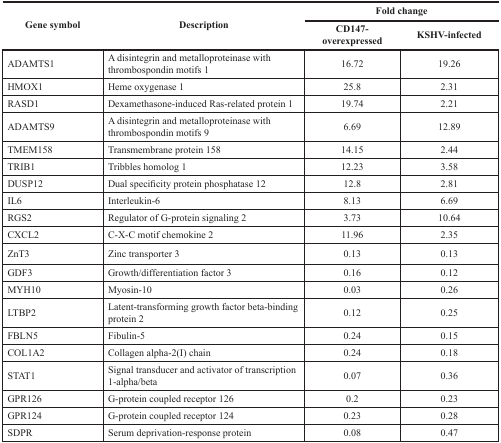
| <ROWSPAN=2> Gene symbol | <ROWSPAN=2> Description | <COLSPAN=2> Fold change |
 | CD147-overexpressed | KSHV-infected |
 | --- | --- | --- | --- |
 | ADAMTS1 | A disintegrin and metalloproteinase with thrombospondin motifs 1 | 16.72 | 19.26 |
 | HMOX1 | Heme oxygenase 1 | 25.8 | 2.31 |
 | RASD1 | Dexamethasone-induced Ras-related protein 1 | 19.74 | 2.21 |
 | ADAMTS9 | A disintegrin and metalloproteinase with thrombospondin motifs 9 | 6.69 | 12.89 |
 | TMEM158 | Transmembrane protein 158 | 14.15 | 2.44 |
 | TRIB1 | Tribbles homolog 1 | 12.23 | 3.58 |
 | DUSP12 | Dual specificity protein phosphatase 12 | 12.8 | 2.81 |
 | IL6 | Interleukin-6 | 8.13 | 6.69 |
 | RGS2 | Regulator of G-protein signaling 2 | 3.73 | 10.64 |
 | CXCL2 | C-X-C motif chemokine 2 | 11.96 | 2.35 |
 | ZnT3 | Zinc transporter 3 | 0.13 | 0.13 |
 | GDF3 | Growth/differentiation factor 3 | 0.16 | 0.12 |
 | MYH10 | Myosin-10 | 0.03 | 0.26 |
 | LTBP2 | Latent-transforming growth factor beta-binding protein 2 | 0.12 | 0.25 |
 | FBLN5 | Fibulin-5 | 0.24 | 0.15 |
 | COL1A2 | Collagen alpha-2(I) chain | 0.24 | 0.18 |
 | STAT1 | Signal transducer and activator of transcription 1-alpha/beta | 0.07 | 0.36 |
 | GPR126 | G-protein coupled receptor 126 | 0.2 | 0.23 |
 | GPR124 | G-protein coupled receptor 124 | 0.23 | 0.28 |
 | SDPR | Serum deprivation-response protein | 0.08 | 0.47 |